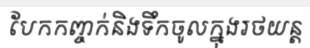
បែកកញ្ចក់និងទឹកចូលក្នុងរថយន្ត